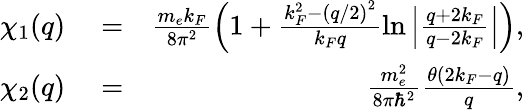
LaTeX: \begin{array}{rlr}{\chi_{1}(q)}&{{}=}&{\frac{m_{e}k_{F}}{8\pi^{2}}\left(1+\frac{k_{F}^{2}-\left(q/2\right)^{2}}{k_{F}q}\ln\left|\frac{q+2k_{F}}{q-2k_{F}}\right|\right),}\\ {\chi_{2}(q)}&{{}=}&{\frac{m_{e}^{2}}{8\pi\hbar^{2}}\frac{\theta(2k_{F}-q)}{q},}\end{array}